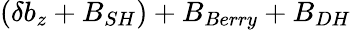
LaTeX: (\delta b_{z}+B_{SH})+B_{Berry}+B_{DH}